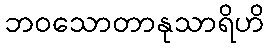
ဘဝသောတာနုသာရိဟိ